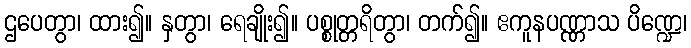
ဌပေတွာ၊ ထား၍။ နှတွာ၊ ရေချိုး၍။ ပစ္စုတ္တရိတွာ၊ တက်၍။ ဧကူနပဏ္ဏာသ ပိဏ္ဍေ၊